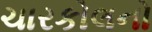
ચારકોલનો